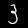
Label: 3